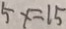
5 x = 1 5